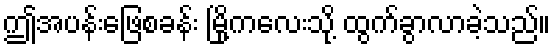
ဤအပန်းဖြေစခန်း မြို့ကလေးသို့ ထွက်ခွာလာခဲ့သည်။